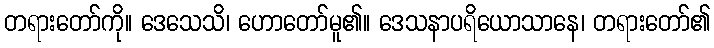
တရားတော်ကို။ ဒေသေသိ၊ ဟောတော်မူ၏။ ဒေသနာပရိယောသာနေ၊ တရားတော်၏